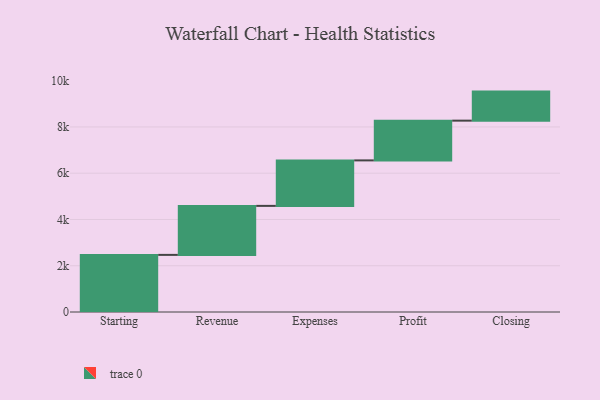
{"axis": {"x": "Step", "y": "Value"}, "legend": [""], "data": [{"x": "Starting", "y": 2469.0, "type": ""}, {"x": "Revenue", "y": 2119.0, "type": ""}, {"x": "Expenses", "y": 1967.0, "type": ""}, {"x": "Profit", "y": 1718.0, "type": ""}, {"x": "Closing", "y": 1256.0, "type": ""}]}